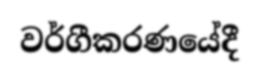
වර්ගීකරණයේදී